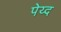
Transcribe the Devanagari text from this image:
पेय्द